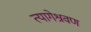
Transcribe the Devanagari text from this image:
त्यागेश्रवण